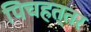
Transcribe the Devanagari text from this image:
पिचहत्तर